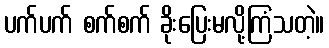
ပက်ပက် စက်စက် ခိုးပြေးမလို့ကြံသတဲ့။